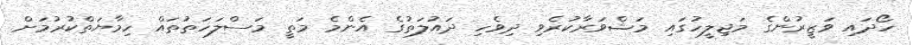
ހޯދައި ވަޒީރުންގެ މަޖިލީހުގައި މަޝްވަރާކުރެވި ދިވެހި ދައުލަތުގެ އެންމެ މަތީ މަސްލަހަތުތައް ހިމާޔަތްކުރުމަށް